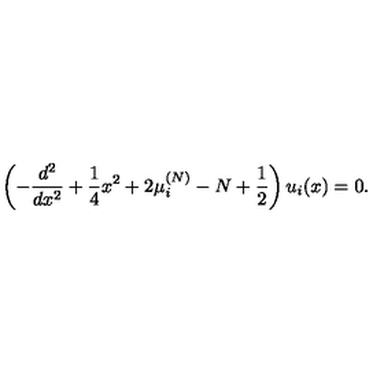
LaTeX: \left( - { \frac { d ^ { 2 } } { d x ^ { 2 } } } + { \frac { 1 } { 4 } } x ^ { 2 } + 2 \mu _ { i } ^ { ( N ) } - N + { \frac { 1 } { 2 } } \right) u _ { i } ( x ) = 0 .